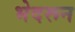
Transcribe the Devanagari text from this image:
भेदरून